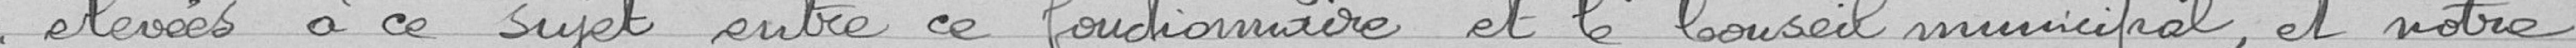
élevées à ce sujet entre ce fonctionnaire et le Conseil municipal, et notre